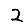
Digit: 2